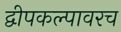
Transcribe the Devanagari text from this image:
द्वीपकल्पावरच